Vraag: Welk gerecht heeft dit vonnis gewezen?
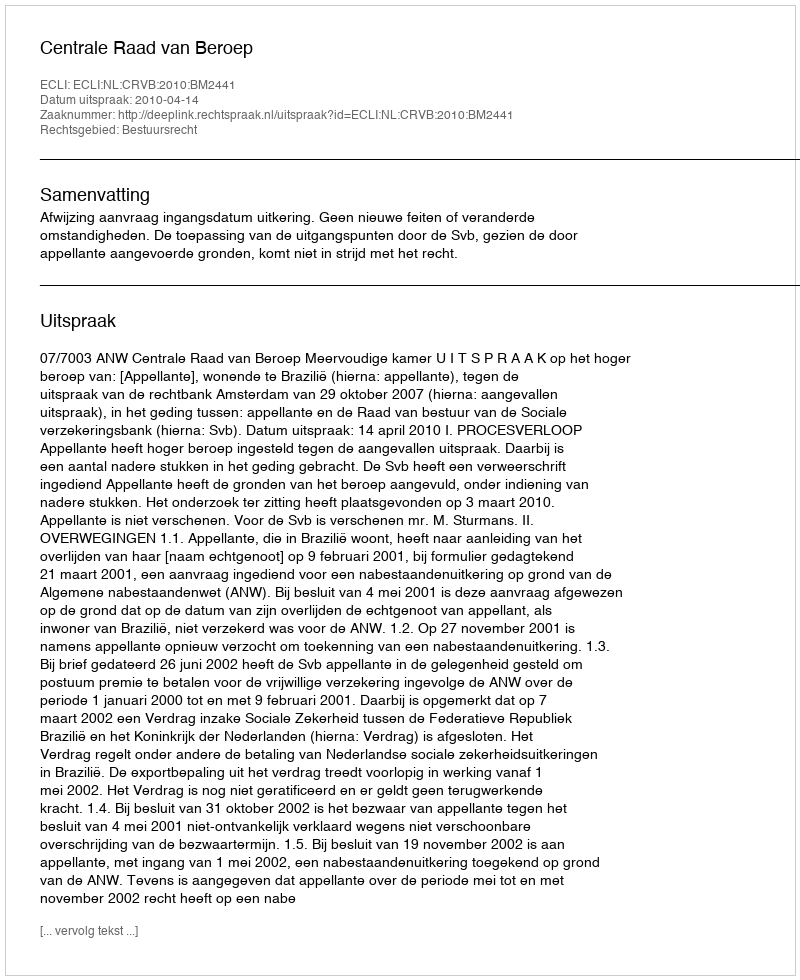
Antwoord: Centrale Raad van Beroep